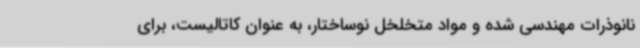
نانوذرات مهندسی شده و مواد متخلخل نوساختار، به عنوان کاتالیست، برای